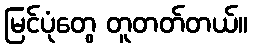
မြင်ပုံတွေ တူတတ်တယ်။